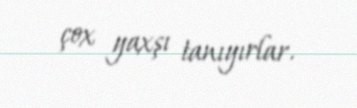
çox yaxşı tanıyırlar.